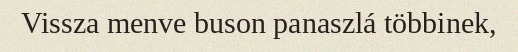
Vissza menve buson panaszlá többinek,